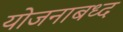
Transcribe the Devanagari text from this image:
योजनाबध्द